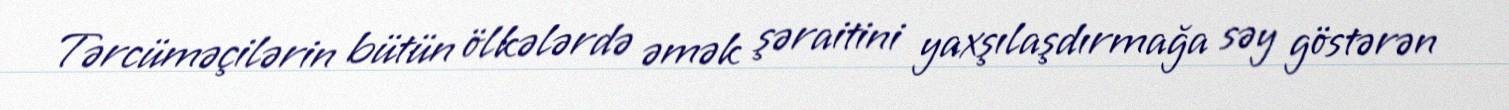
Tərcüməçilərin bütün ölkələrdə əmək şəraitini yaxşılaşdırmağa səy göstərən